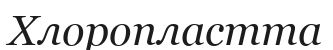
Хлоропластта